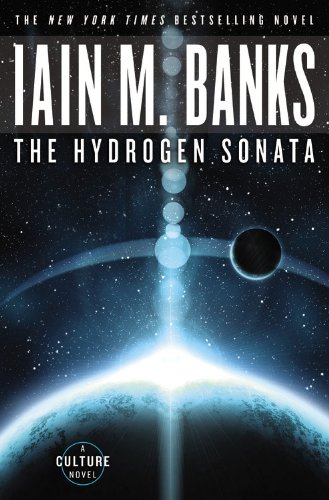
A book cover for The Hydrogen Sonata (Culture); Iain M. Banks; Science Fiction & Fantasy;